Report of the Hyderabad Chloroform Commission
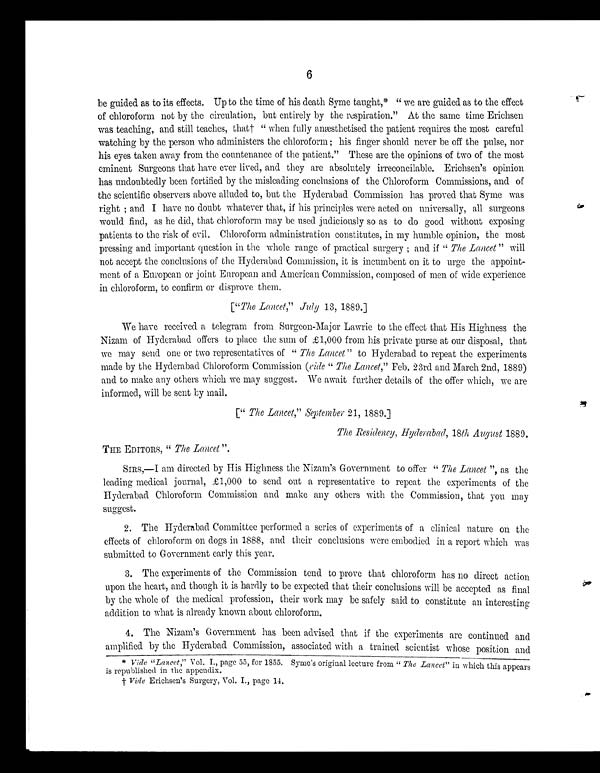
6
be guided as to its effects. Up to the time of his death Syme taught,* " we are guided as to the effect
of chloroform not by the circulation, but entirely by the respiration." At the same time Erichsen
was teaching, and still teaches, that† " when fully anæsthetised the patient requires the most careful
watching by the person who administers the chloroform ; his finger should never be off the pulse, nor
his eyes taken away from the countenance of the patient." These are the opinions of two of the most
eminent Surgeons that have ever lived, and they are absolutely irreconcilable. Erichsen's opinion
|
has undoubtedly been fortified by the misleading conclusions of the Chloroform Commissions, and of
the scientific observers above alluded to, but the Hyderabad Commission has proved that Syme was
right ; and I have no doubt whatever that, if his principles were acted on universally, all surgeons
would find, as he did, that chloroform may be used judiciously so as to do good without exposing
patients to the risk of evil. Chloroform administration constitutes, in my humble opinion, the most
pressing and important question in the whole range of practical surgery ; and if " The Lancet" will
not accept the conclusions of the Hyderabad Commission, it is incumbent on it to urge the appoint-
ment of a European or joint European and American Commission, composed of men of wide experience
in chloroform, to confirm or disprove them.
["The Lancet," July 13, 1889.]
We have received a telegram from Surgeon-Major Lawrie to the effect that His Highness the
Nizam of Hyderabad offers to place the sum of £1,000 from his private purse at our disposal, that
we may send one or two representatives of " The Lancet" to Hyderabad to repeat the experiments
made by the Hyderabad Chloroform Commission (vide " The Lancet," Feb. 23rd and March 2nd, 1889)
and to make any others which we may suggest. We await further details of the offer which, we are
informed, will be sent by mail.
[" The Lancet," 'September 21, 1889.]
The Residency, Hyderabad, 18th August 1889.
THE EDITORS, " The Lancet".
SIRS,—I am directed by His Highness the Nizam's Government to offer " The Lancet", as the
leading medical journal, £1,000 to send out a representative to repeat the experiments of the
Hyderabad Chloroform Commission and make any others with the Commission, that you may
suggest.
2. The Hyderabad Committee performed a series of experiments of a clinical nature on the
effects of chloroform on dogs in 1888, and their conclusions were embodied in a report which was
submitted to Government early this year.
3. The experiments of the Commission tend to prove that chloroform has no direct action
upon the heart, and though it is hardly to be expected that their conclusions will be accepted as final
by the whole of the medical profession, their work may be safely said to constitute an interesting
addition to what is already known about chloroform.
4. The Nizam's Government has been advised that if the experiments are continued and
amplified by the Hyderabad Commission, associated with a trained scientist whose position and
* Vide "Lancet, " Vol. I., page 55, for 1855. Syme's original lecture from " The Lancet" in which this appears
is republished in the appendix.
† Vide Erichsen's Surgery, Vol. I., page 14.